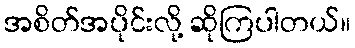
အစိတ်အပိုင်းလို့ ဆိုကြပါတယ်။